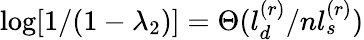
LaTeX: \log[1/(1-\lambda_{2})]=\Theta(l_{d}^{(r)}/nl_{s}^{(r)})